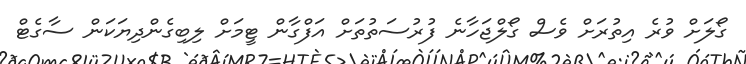
ގޯލަށް ވުރެ އިތުރަށް ވެސް ގޯލްޖަހާނެ ފުރުސަތުތަށް އަފްގާން ޓީމަށް ލިބިގެންދިޔަކަން ސާގެޓް